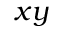
x y